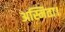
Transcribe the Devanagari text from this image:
अस्मिता।